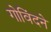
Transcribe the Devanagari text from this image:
गोविंदने